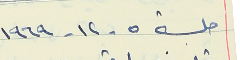
جلسة ٥ - ١٢ - ١٩٦٩